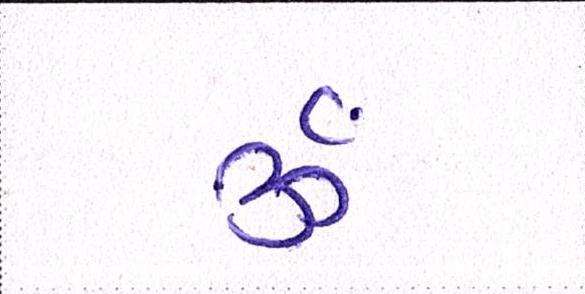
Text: ૐ